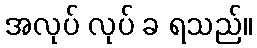
အလုပ် လုပ် ခ ရသည်။